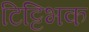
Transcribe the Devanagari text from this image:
टिट्टिभक